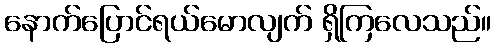
နောက်ပြောင်ရယ်မောလျက် ရှိကြလေသည်။